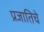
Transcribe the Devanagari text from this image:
प्रजातिचे